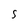
Character: 5